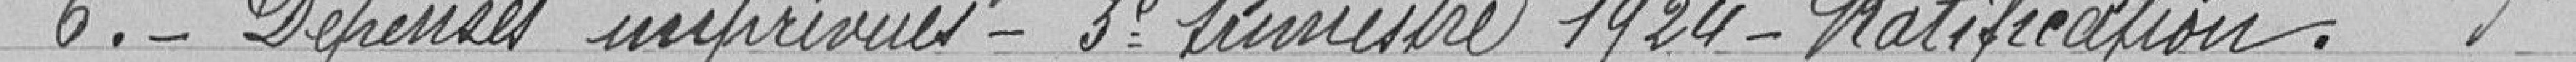
6.- Dépenses imprévues - Troisième trimestre 1924 - Ratification.